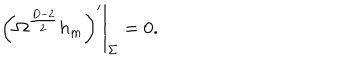
LaTeX: \left. \left( \Omega ^ { \frac { D - 2 } { 2 } } h _ { m } \right) ^ { \prime } \right| _ { \Sigma } = 0 .